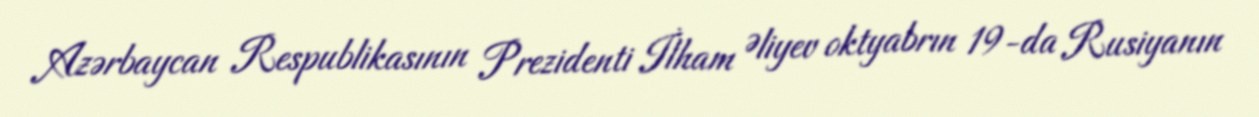
Azərbaycan Respublikasının Prezidenti İlham Əliyev oktyabrın 19-da Rusiyanın